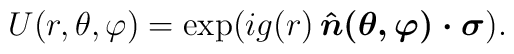
U(r,\theta,\varphi) = \exp(i g(r)\, \mbox{\boldmath $\hat n(\theta,\varphi) \cdot \sigma$}).